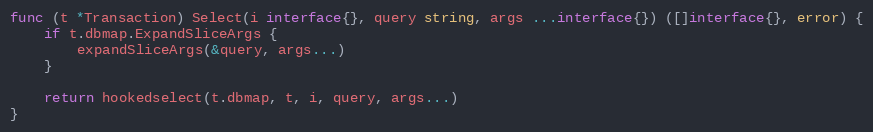
Language: Go
func (t *Transaction) Select(i interface{}, query string, args ...interface{}) ([]interface{}, error) {
	if t.dbmap.ExpandSliceArgs {
		expandSliceArgs(&query, args...)
	}

	return hookedselect(t.dbmap, t, i, query, args...)
}